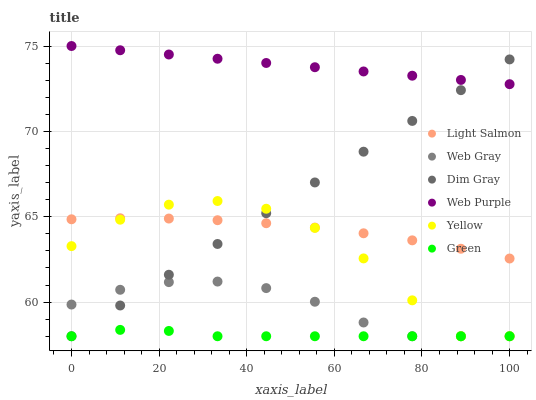
| xaxis_label | Light Salmon | Web Gray | Dim Gray | Web Purple | Yellow | Green |
 | --- | --- | --- | --- | --- | --- | --- |
 | 0 | 64.9 | 59.9 | 58 | 75 | 63.3 | 58 |
 | 11.1 | 64.9 | 60.7 | 59.8 | 74.8 | 64.8 | 58.4 |
 | 22.2 | 64.9 | 61.2 | 61.6 | 74.5 | 65.7 | 58.3 |
 | 33.3 | 64.8 | 61.2 | 63.4 | 74.3 | 65.9 | 58 |
 | 44.4 | 64.6 | 60.8 | 65.2 | 74 | 65.5 | 58 |
 | 55.6 | 64.4 | 60 | 67 | 73.8 | 64.3 | 58 |
 | 66.7 | 64 | 58.8 | 68.8 | 73.5 | 62.6 | 58 |
 | 77.8 | 63.6 | 58 | 70.6 | 73.3 | 60.1 | 58 |
 | 88.9 | 63.1 | 58 | 72.4 | 73 | 58 | 58 |
 | 100 | 62.6 | 58 | 74.2 | 72.8 | 58 | 58 |